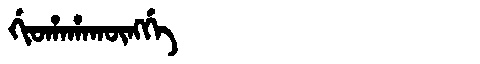
Manchu: ᡤᡳᠣᡥᠠᡥᠠᡴᡡᠩᡤᡝ
Romanization: GIOHAHAKŪNGGE